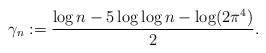
LaTeX: \begin{align*}\gamma_n:= \frac{\log n-5 \log \log n - \log (2\pi^4)}{2}. \end{align*}